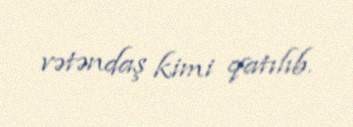
vətəndaş kimi qatılıb.